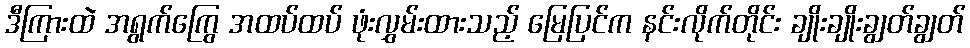
ဒီကြားထဲ အရွက်ကြွေ အထပ်ထပ် ဖုံးလွှမ်းထားသည့် မြေပြင်က နင်းလိုက်တိုင်း ချိုးချိုးချွတ်ချွတ်